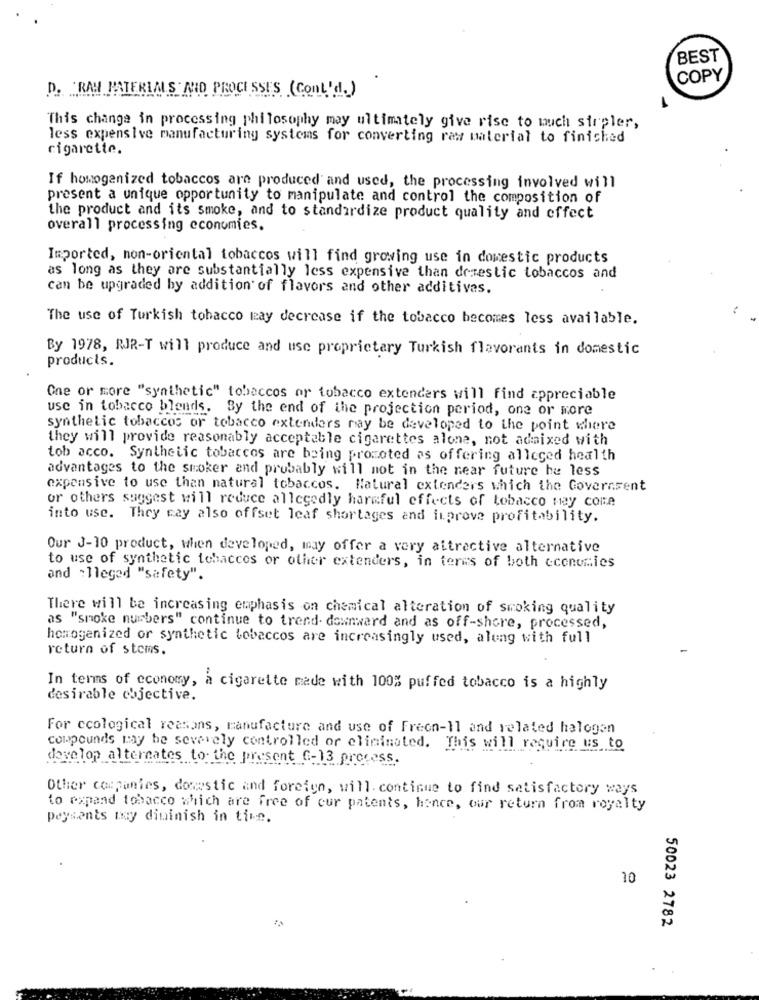
BEST
COPY
D. RAH MATERIAS MID PROCESSES (ConL'd.)
This change in processing philosophy may ultimately give rise to much sirpler,
less expensive manufacturing systems for converting raw material to finished
cigarette.
If homogenized tobaccos are produced and used, the processing involved will
present a unique opportunity to manipulate and control the composition of
the product and its smoke, and to standardize product quality and effect
overall processing economies.
Imported, non-oriental tobaccos will find growing use in domestic products
as long as they are substantially less expensive than derestic tobaccos and
can be upgraded by addition of flavors and other additives.
The use of Turkish tobacco way decrease if the tobacco becomes less available.
By 1978, RJR-T will produce and use proprietary Turkish flavorants in domestic
products.
One or more "synthetic" tobaccos or tobacco extenders will find appreciable
use in tobacco blends. By the end of the projection period, one or more
synthetic tobaccos or tobacco extenders may be developed to the point where
they will provide reasonably acceptable cigarettes alone, not admixed with
tob acco. Synthetic tobaccos are being promoted as offering alleged health
advantages to the smoker and probably will not in the near future he less
expensive to use than natural tobaccos. Natural extenders which the Government
or others suggest will reduce allegedly harmful effects of tobacco may come
into use. They say also offset leaf shortages and improve profitability.
Our J-10 product, when developed, may offer a very attractive alternative
to use of synthetic tobaccos or other extenders, in terms of both economies
and :lleged "safety".
There will be increasing emphasis on chemical alteration of smoking quality
as "smoke numbers" continue to trend- downward and as off-shore, processed,
homogenized or synthetic tobaccos are increasingly used, along with full
return of stoms.
In terms of economy, a cigarette made with 100% puffed tobacco is a highly
desirable objective.
For ccological reasons, manufacture and use of Freon-11 and related halogen
compounds may be severely controlled or eliminated. This will require us to
develop alternates to the present G-13 process.
Other companies, domestic and foreign, will. continue to find satisfactory ways
to expand tobacco which are free of our patents, hence, our return from royalty
peysants may diminish in tive.
10
50023 2782